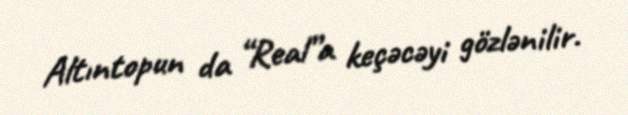
Altıntopun da “Real”a keçəcəyi gözlənilir.